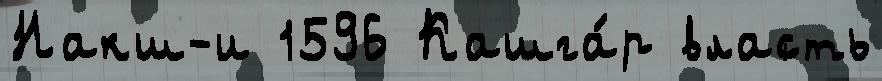
Накш-и 1596 Кашга́р власть